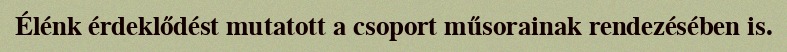
Élénk érdeklődést mutatott a csoport műsorainak rendezésében is.